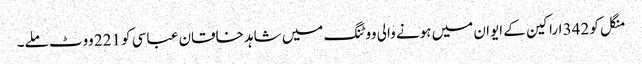
منگل کو 342 اراکین کے ایوان میں ہونے والی ووٹنگ میں شاہد خاقان عباسی کو 221 ووٹ ملے۔